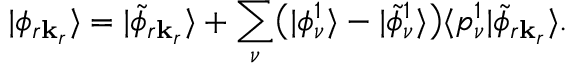
| \phi _ { r \mathbf k _ { r } } \rangle = | \tilde { \phi } _ { r \mathbf k _ { r } } \rangle + \sum _ { \nu } \bigl ( | \phi _ { \nu } ^ { 1 } \rangle - | \tilde { \phi } _ { \nu } ^ { 1 } \rangle \bigr ) \langle p _ { \nu } ^ { 1 } | \tilde { \phi } _ { r \mathbf k _ { r } } \rangle .